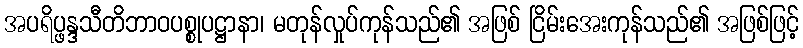
အပရိပ္ဖန္ဒသီတိဘာဝပစ္စုပဋ္ဌာနာ၊ မတုန်လှုပ်ကုန်သည်၏ အဖြစ် ငြိမ်းအေးကုန်သည်၏ အဖြစ်ဖြင့်